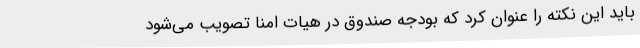
باید این نکته را عنوان کرد که بودجه صندوق در هیات امنا تصویب می‌شود